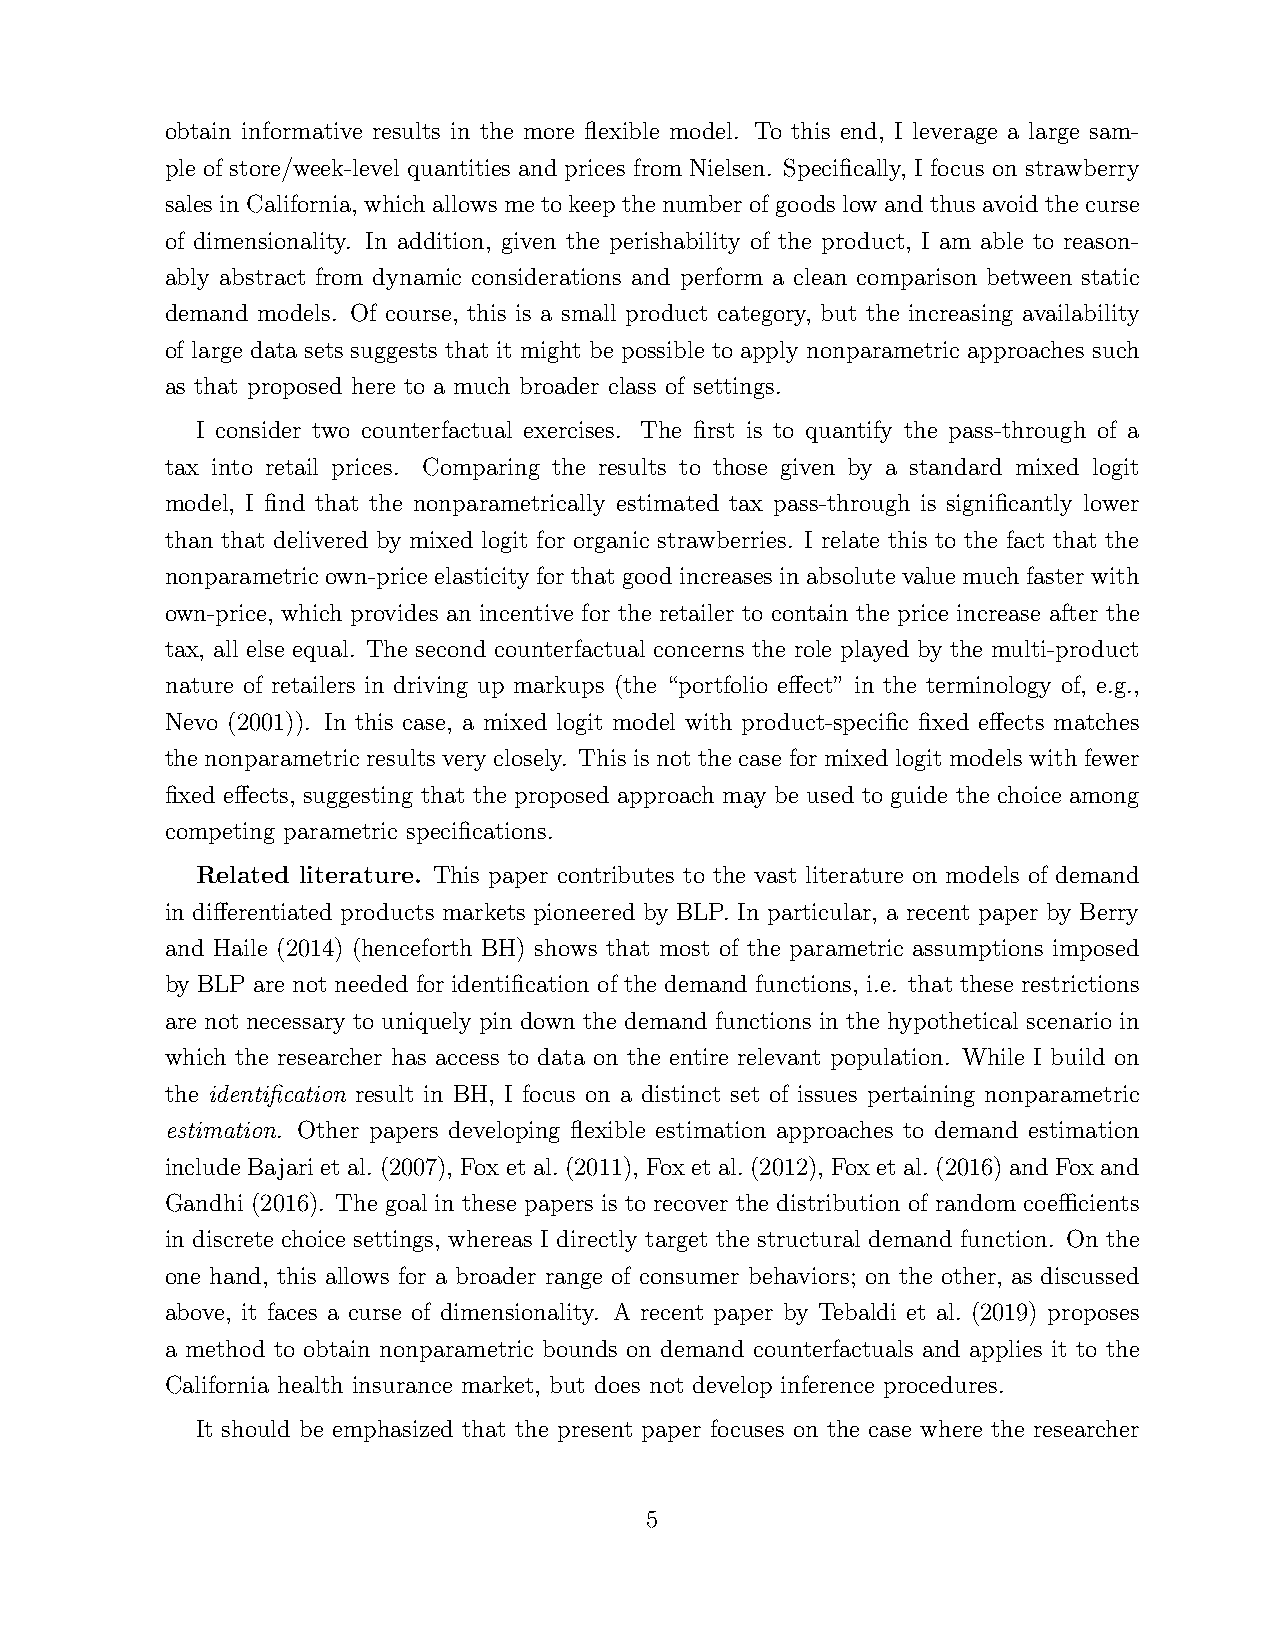
obtain informative results in the more flexible model. To this end, I leverage a large sam-
 ple of store/week-level quantities and prices from Nielsen. Specifically, I focus on strawberry
 sales in California, which allows me to keep the number of goods low and thus avoid the curse
 of dimensionality. In addition, given the perishability of the product, I am able to reason-
 ably abstract from dynamic considerations and perform a clean comparison between static
 demand models. Of course, this is a small product category, but the increasing availability
 of large data sets suggests that it might be possible to apply nonparametric approaches such
 as that proposed here to a much broader class of settings.
 I consider two counterfactual exercises. The first is to quantify the pass-through of a
 tax into retail prices. Comparing the results to those given by a standard mixed logit
 model, I find that the nonparametrically estimated tax pass-through is significantly lower
 than that delivered by mixed logit for organic strawberries. I relate this to the fact that the
 nonparametric own-price elasticity for that good increases in absolute value much faster with
 own-price, which provides an incentive for the retailer to contain the price increase after the
 tax, all else equal. The second counterfactual concerns the role played by the multi-product
 nature of retailers in driving up markups (the “portfolio effect” in the terminology of, e.g.,
 Nevo (2001)). In this case, a mixed logit model with product-specific fixed effects matches
 the nonparametric results very closely. This is not the case for mixed logit models with fewer
 fixed effects, suggesting that the proposed approach may be used to guide the choice among
 competing parametric specifications.
 Related literature. This paper contributes to the vast literature on models of demand
 in differentiated products markets pioneered by BLP. In particular, a recent paper by Berry
 and Haile (2014) (henceforth BH) shows that most of the parametric assumptions imposed
 by BLP are not needed for identification of the demand functions, i.e. that these restrictions
 are not necessary to uniquely pin down the demand functions in the hypothetical scenario in
 which the researcher has access to data on the entire relevant population. While I build on
 the identification result in BH, I focus on a distinct set of issues pertaining nonparametric
 estimation. Other papers developing flexible estimation approaches to demand estimation
 include Bajari et al. (2007), Fox et al. (2011), Fox et al. (2012), Fox et al. (2016) and Fox and
 Gandhi (2016). The goal in these papers is to recover the distribution of random coefficients
 in discrete choice settings, whereas I directly target the structural demand function. On the
 one hand, this allows for a broader range of consumer behaviors; on the other, as discussed
 above, it faces a curse of dimensionality. A recent paper by Tebaldi et al. (2019) proposes
 a method to obtain nonparametric bounds on demand counterfactuals and applies it to the
 California health insurance market, but does not develop inference procedures.
 It should be emphasized that the present paper focuses on the case where the researcher
 5